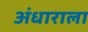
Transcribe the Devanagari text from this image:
अंधाराला